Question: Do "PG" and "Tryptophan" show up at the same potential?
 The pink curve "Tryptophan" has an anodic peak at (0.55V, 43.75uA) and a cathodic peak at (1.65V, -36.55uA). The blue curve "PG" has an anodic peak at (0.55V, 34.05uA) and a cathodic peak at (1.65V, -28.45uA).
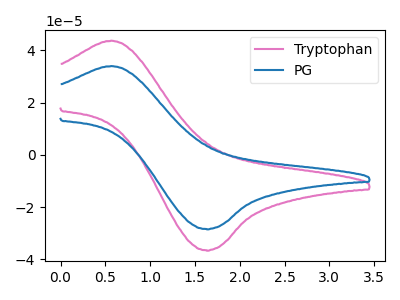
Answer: <think>All the peaks in "PG" have a peak in "Tryptophan" at the same potential. Every peak in "PG" is lower than every peak in "Tryptophan".
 </think>
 <answer>"PG" and "Tryptophan" are similar in shape.</answer>
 <eval>same_shape</eval>